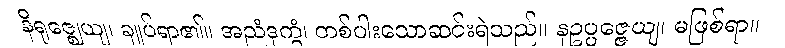
နိရုဇ္ဈေယျ၊ ချုပ်ရာ၏။ အညံဒုက္ခံ၊ တစ်ပါးသောဆင်းရဲသည်။ နဥပ္ပဇ္ဇေယျ၊ မဖြစ်ရာ။